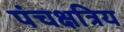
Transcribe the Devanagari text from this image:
पंचक्षत्रिय